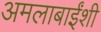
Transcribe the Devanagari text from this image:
अमलाबाईंशी